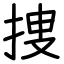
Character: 捜